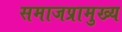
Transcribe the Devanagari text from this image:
समाजप्रामुख्य